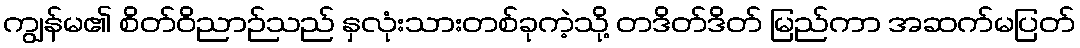
ကျွန်မ၏ စိတ်ဝိညာဉ်သည် နှလုံးသားတစ်ခုကဲ့သို့ တဒိတ်ဒိတ် မြည်ကာ အဆက်မပြတ်